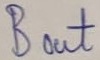
Text: Bout